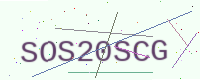
Text: SOS20SCG